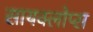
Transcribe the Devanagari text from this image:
सायक्लोप्स